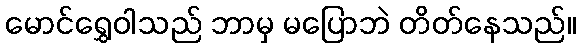
မောင်ရွှေဝါသည် ဘာမှ မပြောဘဲ တိတ်နေသည်။